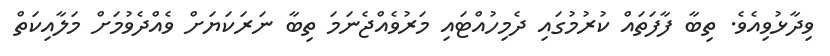
ވިދާޅުވިއެވެ. ތިބާ ފާފަތައް ކުރުމުގައި ދެމިހުއްޓައި މަރުވެއްޖެނަމަ ތިބާ ނަރަކަޔަށް ވެއްދެވުމަށް މަލާއިކަތް